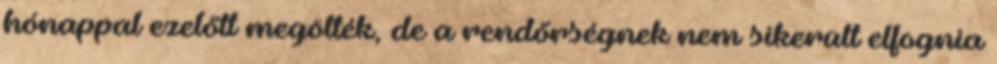
hónappal ezelőtt megölték, de a rendőrségnek nem sikerült elfognia